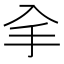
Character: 𠓢